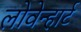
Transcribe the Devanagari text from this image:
लोवेन्हार्ट